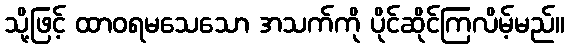
သို့ဖြင့် ထာဝရမသေသော အသက်ကို ပိုင်ဆိုင်ကြလိမ့်မည်။